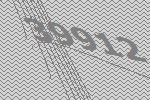
39912